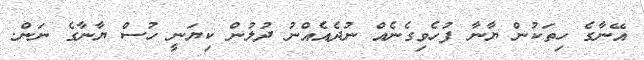
އޭނާގެ ހިތަކުން ޔާނާ ފުހެވިގެނެއް ނުދެއެއްނު ދުލުން ކިޔަނީ ހުސް ޔާނާގެ ނަން.